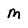
Character: M